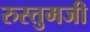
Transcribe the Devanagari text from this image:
रुस्तुमजी